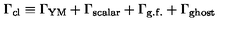
\Gamma _ { \mathrm { c l } } \equiv \Gamma _ { \mathrm { Y M } } + \Gamma _ { \mathrm { s c a l a r } } + \Gamma _ { \mathrm { g . f . } } + \Gamma _ { \mathrm { g h o s t } }